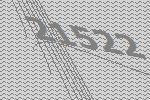
21522